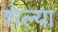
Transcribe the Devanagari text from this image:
शेल्या